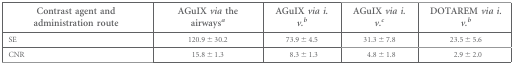
<table><thead><tr><td><b>Contrast agent and administration route</b></td><td><b>AGuIX <i>via</i> the airways<i><sup>a</sup></i></b></td><td><b>AGuIX <i>via i.v.</i><i><sup>b</sup></i></b></td><td><b>AGuIX <i>via i.v.</i><i><sup>c</sup></i></b></td><td><b>DOTAREM <i>via i.v.</i><i><sup>b</sup></i></b></td></tr></thead><tbody><tr><td>SE</td><td>120.9 ± 30.2</td><td>73.9 ± 4.5</td><td>31.3 ± 7.8</td><td>23.5 ± 5.6</td></tr><tr><td>CNR</td><td>15.8 ± 1.3</td><td>8.3 ± 1.3</td><td>4.8 ± 1.8</td><td>2.9 ± 2.0</td></tr></tbody></table>